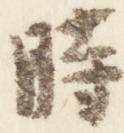
時